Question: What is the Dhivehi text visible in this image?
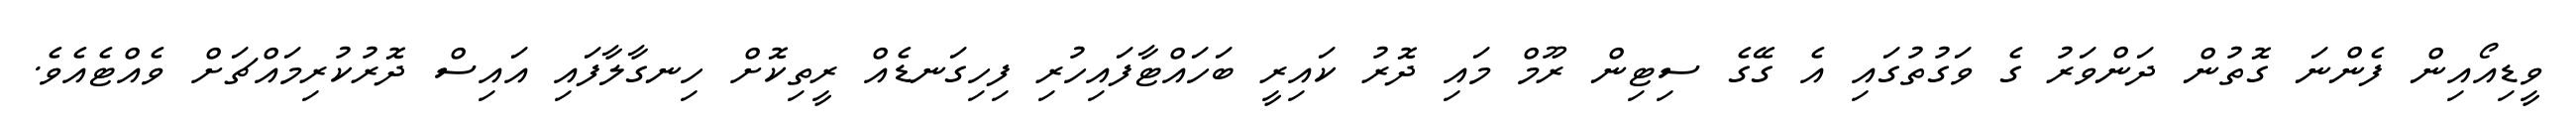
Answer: ވީޑިއޯއިން ފެންނަ ގޮތުން ދަންވަރު ގެ ވަގުތުގައި އެ ގޭގެ ސިޓިން ރޫމް މައި ދޮރު ކައިރީ ބަހައްޓާފައިހުރި ފިހިގަނޑެއް ރީތިކޮށް ހިނގާލާފައި އައިސް ދޮރުކުރިމައްޗަށް ވެއްޓެއެވެ.